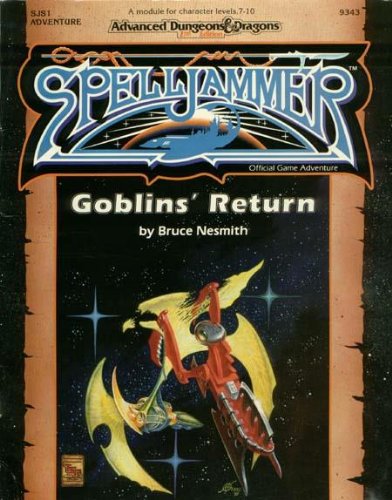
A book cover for Goblin's Return (Advanced Dungeons & Dragons/Spelljammer Module SJS1); Bruce Nesmith; Humor & Entertainment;